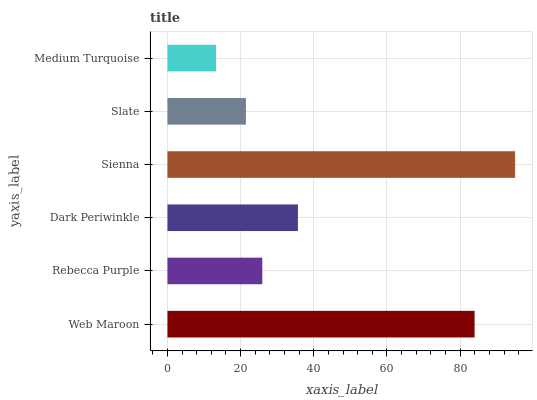
| yaxis_label | bars |
 | --- | --- |
 | Web Maroon | 83.9 |
 | Rebecca Purple | 25.9 |
 | Dark Periwinkle | 35.7 |
 | Sienna | 95 |
 | Slate | 21.4 |
 | Medium Turquoise | 13.3 |